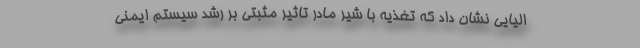
الیایی نشان داد که تغذیه با شیر مادر تاثیر مثبتی بر رشد سیستم ایمنی